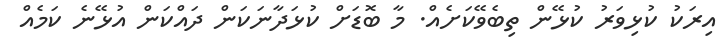
އިރަކު ކުޅިވަރު ކުޅޭން ތިބެވޭކަށެއް. މާ ބޮޑަށް ކުޅަދާނަކަން ދައްކަން އުޅޭނެ ކަމެއް